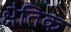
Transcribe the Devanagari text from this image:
क्षैतिक